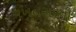
વખતસરની